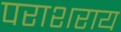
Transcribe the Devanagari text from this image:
पराशराय